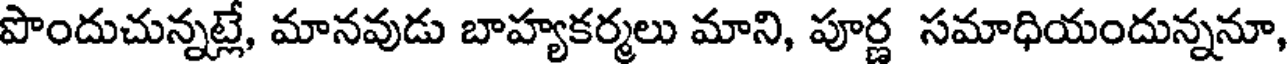
పొందుచున్నట్లే, మానవుడు బాహ్యకర్మలు మాని, పూర్ణ సమాధియందున్ననూ,